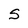
Character: S